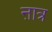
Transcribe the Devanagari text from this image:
ऩात्र